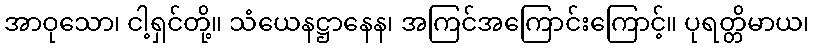
အာဝုသော၊ ငါ့ရှင်တို့။ သံယေနဋ္ဌာနေန၊ အကြင်အကြောင်းကြောင့်။ ပုရတ္တိမာယ၊